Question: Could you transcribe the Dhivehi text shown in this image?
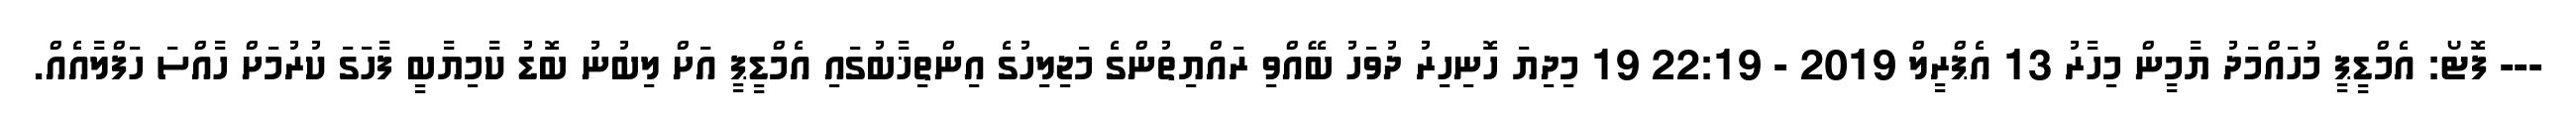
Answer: --- ފޮޓޯ: އެމްޑީޕީ މުހައްމަދު ޔާމީން މިހާރު 13 އެޕްރީލް 2019 - 22:19 19 މިދިޔަ ހޮނިހިރު ދުވަހު ބޭއްވި ރައްޔިތުންގެ މަޖިލިހުގެ އިންތިޚާބުގައި އެމްޑީޕީ އަށް ލިބުނު ބޮޑު ކާމިޔާބީ ފާހަގަ ކުރުމަށް ހާއްސަ ހަފްލާއެއް.